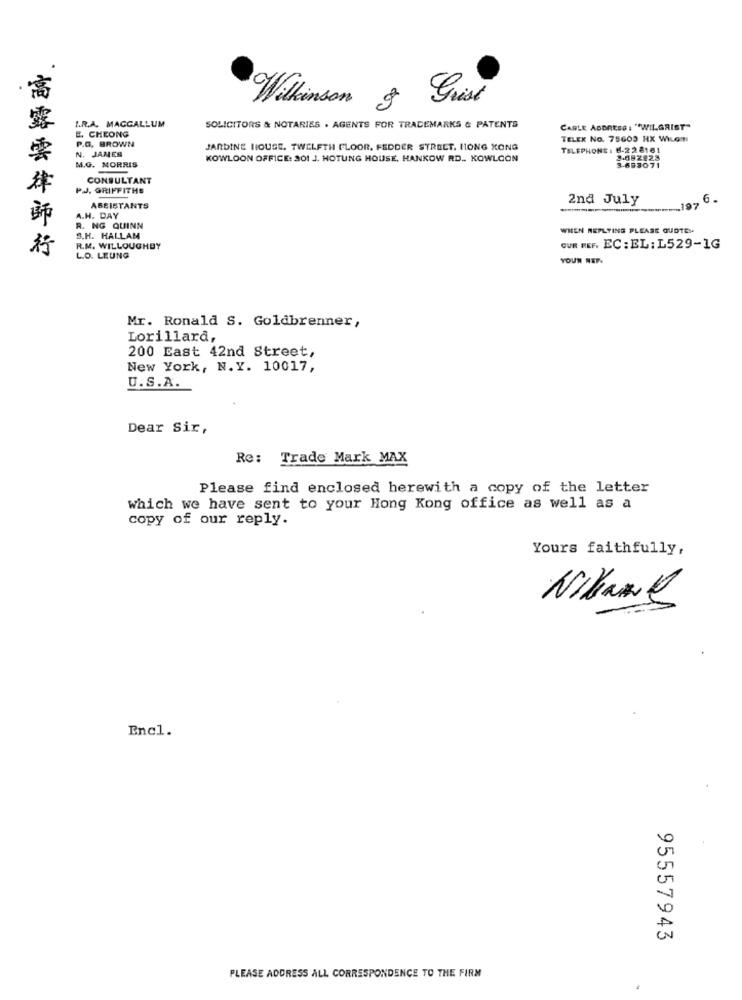
Wilkinson & Grist
I.R.A. MACCALLUM
E. CHEONG
SOLICITORS & NOTARIES . AGENTS FOR TRADEMARKS & PATENTS
CARLE ADDRESS : "WILGRIST"
P.G. BROWN
TELEX No. 75603 HX WILom
N. JANES
JARDINE HOUSE. TWELFTH FLOOR, FEDDER STREET, HONG KONG
TELEPHONE : 6-22 8161
M.G. MORRIS
KOWLOON OFFICE: 301 J. HOTUNG HOUSE. HANKOW RD .. KOWLOON
3-082823
3-653071
CONSULTANT
PJ. GRIFFITHS
2nd July
197
6.
ASSISTANTS
A.H. DAY
R. NG QUINN
WHEN REPLYING PLEASE GUDTE-
S.H. HALLAM
高露雲律師行
R.M. WILLOUGHBY
GUR REF. EC: EL: L529-1G
L.O. LEUNG
YOUR REF.
Mr. Ronald S. Goldbrenner,
Lorillard,
200 East 42nd Street,
New York, N. Y. 10017,
U.S.A.
Dear Sir,
Re: Trade Mark MAX
Please find enclosed herewith a copy of the letter
which we have sent to your Hong Kong office as well as a
copy of our reply.
Yours faithfully,
Nikane
Encl.
95557943
PLEASE ADDRESS ALL CORRESPONDENCE TO THE FIRM
.